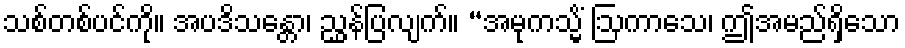
သစ်တစ်ပင်ကို။ အပဒိသန္တော၊ ညွှန်ပြလျက်။ “အမုကသ္မိံ ဩကာသေ၊ ဤအမည်ရှိသော